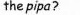
the pipa?